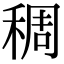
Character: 稠